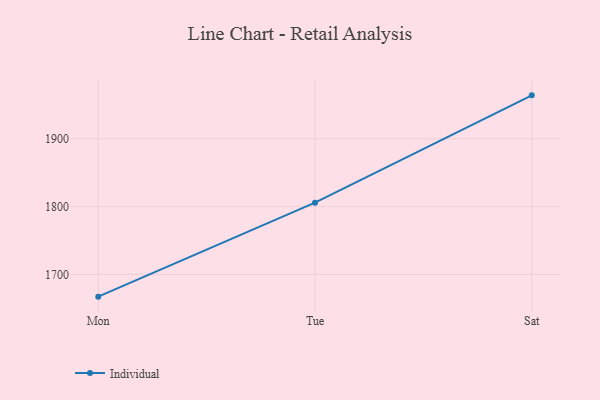
{"axis": {"x": "Day", "y": "Website Visitors"}, "legend": ["Individual"], "data": [{"x": "Mon", "y": 1667.2, "type": "Individual"}, {"x": "Tue", "y": 1805.7, "type": "Individual"}, {"x": "Sat", "y": 1964.0, "type": "Individual"}]}